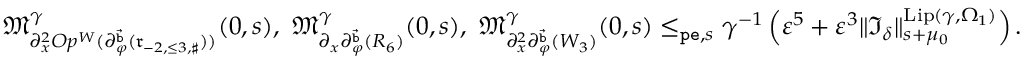
\begin{array} { r } { \mathfrak { M } _ { \partial _ { x } ^ { 2 } O p ^ { W } ( \partial _ { \varphi } ^ { \vec { \mathtt { b } } } ( \mathfrak { r } _ { - 2 , \le 3 , \sharp } ) ) } ^ { \gamma } ( 0 , s ) , \ \mathfrak { M } _ { \partial _ { x } \partial _ { \varphi } ^ { \vec { \mathtt { b } } } ( R _ { 6 } ) } ^ { \gamma } ( 0 , s ) , \ \mathfrak { M } _ { \partial _ { x } ^ { 2 } \partial _ { \varphi } ^ { \vec { \mathtt { b } } } ( W _ { 3 } ) } ^ { \gamma } ( 0 , s ) \le _ { \mathtt { p e } , s } \gamma ^ { - 1 } \left( \varepsilon ^ { 5 } + \varepsilon ^ { 3 } \rVert \mathfrak { I } _ { \delta } \rVert _ { s + \mu _ { 0 } } ^ { \mathrm { L i p } ( \gamma , \Omega _ { 1 } ) } \right) . } \end{array}